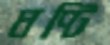
ঘণ্টি